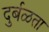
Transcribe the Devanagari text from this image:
दुर्बळता